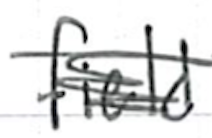
Text: field
Cross-out: scratch
Writing tool: ballpoint